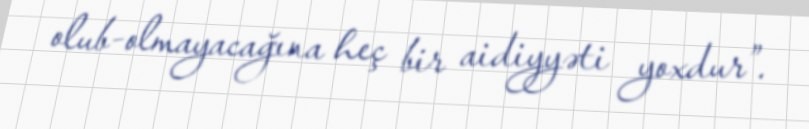
olub-olmayacağına heç bir aidiyyəti yoxdur”.